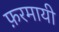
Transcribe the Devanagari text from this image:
फ़रमायी